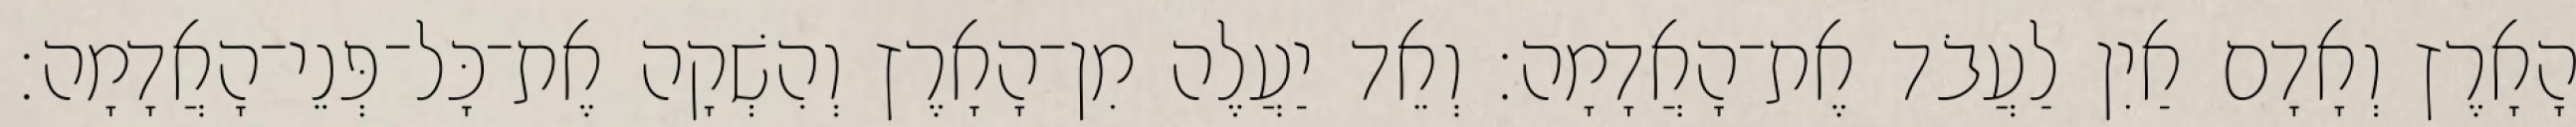
הָאָרֶץ וְאָדָם אַיִן לַעֲבֹד אֶת־הָאֲדָמָה׃ וְאֵד יַעֲלֶה מִן־הָאָרֶץ וְהִשְׁקָה אֶת־כָּל־פְּנֵי־הָאֲדָמָה׃